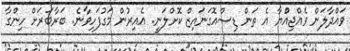
ވައްދާލަން ވެއްޖިއްުޔާ އެ ތަން ޑިސްއޮގަނައިޒް ކޮށްލަނީ. އެއިރުން މަގުފަހިވާނެ. ބަރާބަރަށް ހިންގާ